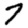
Digit: 7